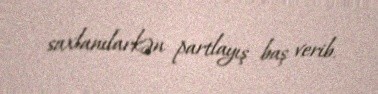
saxlanılarkən partlayış baş verib.